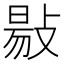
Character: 𢾙